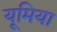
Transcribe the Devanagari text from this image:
यूमिया